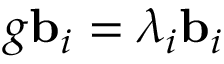
g { \bf b } _ { i } = \lambda _ { i } { \bf b } _ { i }